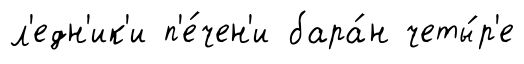
л'едн'ик'и п'е́чен'и бара́н четы́р'е